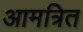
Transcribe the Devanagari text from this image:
आमत्रित